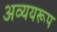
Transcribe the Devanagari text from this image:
अव्ययरूप